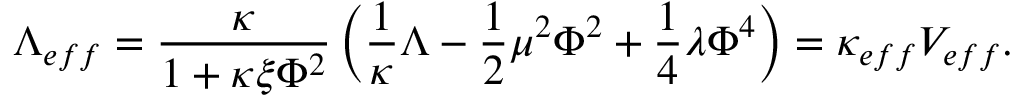
\Lambda _ { e f f } = \frac { \kappa } { 1 + \kappa \xi \Phi ^ { 2 } } \left( \frac { 1 } { \kappa } \Lambda - \frac { 1 } { 2 } \mu ^ { 2 } \Phi ^ { 2 } + \frac { 1 } { 4 } \lambda \Phi ^ { 4 } \right) = \kappa _ { e f f } V _ { e f f } .